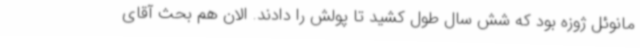
مانوئل ژوزه بود که شش سال طول کشید تا پولش را دادند. الان هم بحث آقای